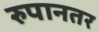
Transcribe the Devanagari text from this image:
रुपानतर